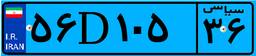
۵۶D۱۰۵۳۶